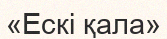
«Ескі қала»